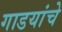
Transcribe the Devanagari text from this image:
गाडयांचे